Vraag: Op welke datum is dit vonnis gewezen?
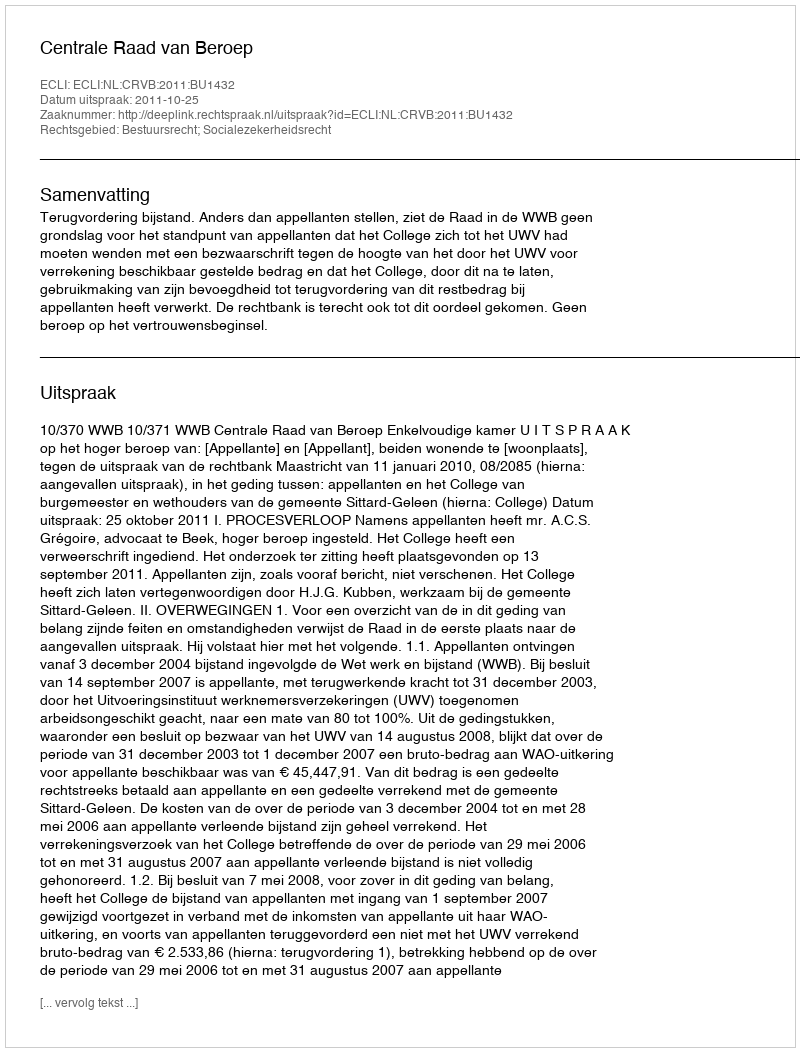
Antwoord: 2011-10-25